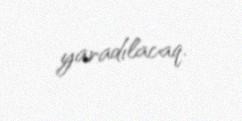
yaradılacaq.